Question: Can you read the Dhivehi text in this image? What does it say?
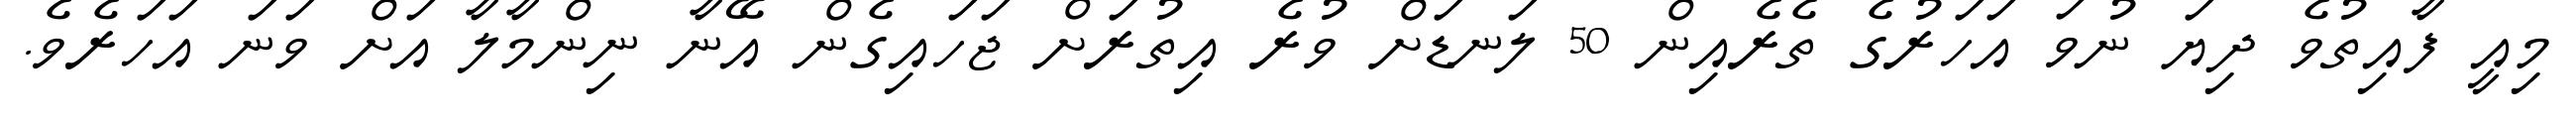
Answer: މިއީ ފާއިތުވެ ދިޔަ ނުވަ އަހަރުގެ ތެރެއިން 50 ލަނޑަށް ވުރެ އިތުރަށް ޖަހައިގެން އޭނާ ނިންމާލާ އަށް ވަނަ އަހަރެވެ.